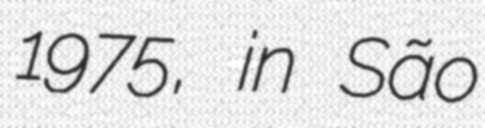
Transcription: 1975, in São